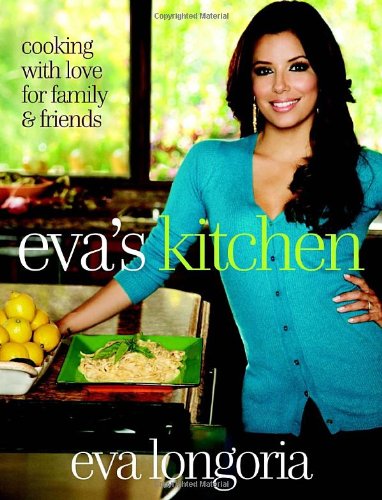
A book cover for Eva's Kitchen: Cooking with Love for Family and Friends; Eva Longoria; Cookbooks, Food & Wine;